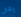
يشق